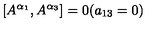
\left[ A ^ { \alpha _ { 1 } } , A ^ { \alpha _ { 3 } } \right] = 0 ( a _ { 1 3 } = 0 )